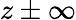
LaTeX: z\pm\infty